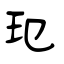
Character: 玱